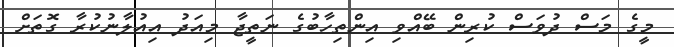
މީގެ މަސް ދުވަސް ކުރިން ބޭއްވި އިންތިހާބުގެ ނަތީޖާ މިއަދު އިއުލާނުކުރާ ގޮތަށް